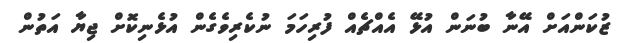
ޒުކަންއަށް އޭނާ ބުނަން އުޅޭ އެއްޗެއް ފުރިހަމަ ނުކެރިވެގެން އުޅެނިކޮށް ޖިޔާ އަތުން